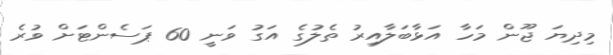
މިދިޔަ ޖޫން މަހާ އަޅާބަލާއިރު ތެލުގެ އަގު ވަނީ 60 ޕަސެންޓަށް ވުރެ